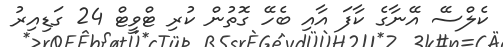
ކެލްސޭ އޭނާގެ ކާފަ އާއި ބެހޭ ގޮތުން ކުރި ޓްވީޓް 24 ގަޑިއިރު